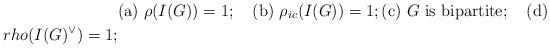
LaTeX: \begin{align*}&{\rm (a)}\ \rho(I(G))=1;\quad{\rm(b)}\ \rho_{ic}(I(G))=1; {\rm (c)}\ G\mbox{ is bipartite};\quad{\rm (d)}\\rho(I(G)^\vee)=1; \end{align*}